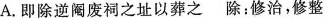
A.即除逆阉废祠之址以葬之除：修治，修整